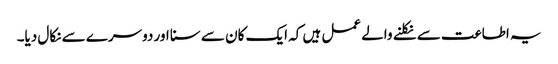
یہ اطاعت سے نکلنے والے عمل ہیں کہ ایک کان سے سنا اور دوسرے سے نکال دیا۔